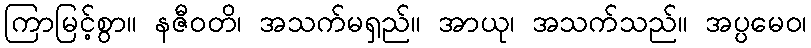
ကြာမြင့်စွာ။ နဇီဝတိ၊ အသက်မရှည်။ အာယု၊ အသက်သည်။ အပ္ပမေဝ၊